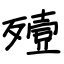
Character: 殪